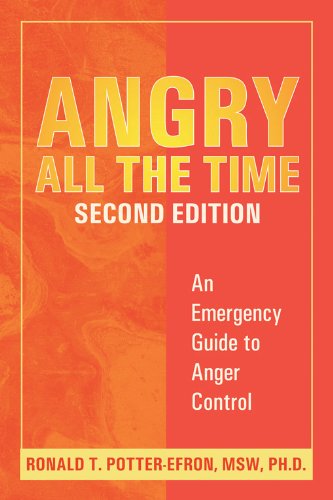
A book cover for Angry All the Time: An Emergency Guide to Anger Control; Ronald T. Potter-Efron; Self-Help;